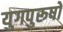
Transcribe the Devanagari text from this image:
युगपुरूषों